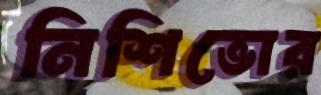
নিশিভোর